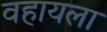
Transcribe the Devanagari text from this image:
वहायला